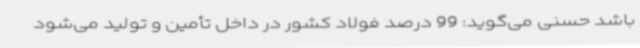
باشد حسنی می‌گوید: 99 درصد فولاد کشور در داخل تأمین و تولید می‌شود